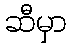
ဆီမှာ